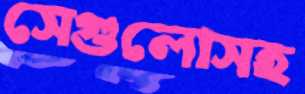
সেগুলোসহ